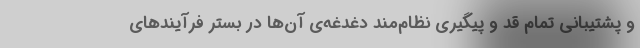
و پشتیبانی تمام قد و پیگیری نظام‌مند دغدغه‌ی آن‌ها در بستر فرآیند‌های